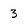
Character: 3